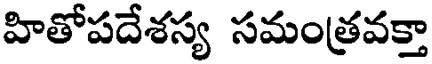
హితోపదేశస్య సమంత్రవక్తా